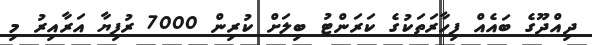
ދިއްދޫގެ ބައެއް ފިހާރަތަކުގެ ކަރަންޓު ބިލަށް ކުރިން 7000 ރުފިޔާ އަރާއިރު މި